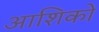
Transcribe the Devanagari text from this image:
आशिकों